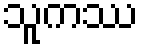
သူကဿ